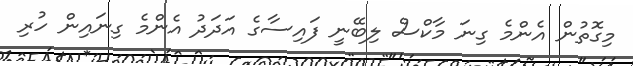
މިގޮތުން އެންމެ ގިނަ މާކްސް ލިބޭނީ ފައިސާގެ އަދަދު އެންމެ ގިނައިން ހުރި